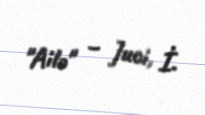
"Ailə" – Juci, İ.